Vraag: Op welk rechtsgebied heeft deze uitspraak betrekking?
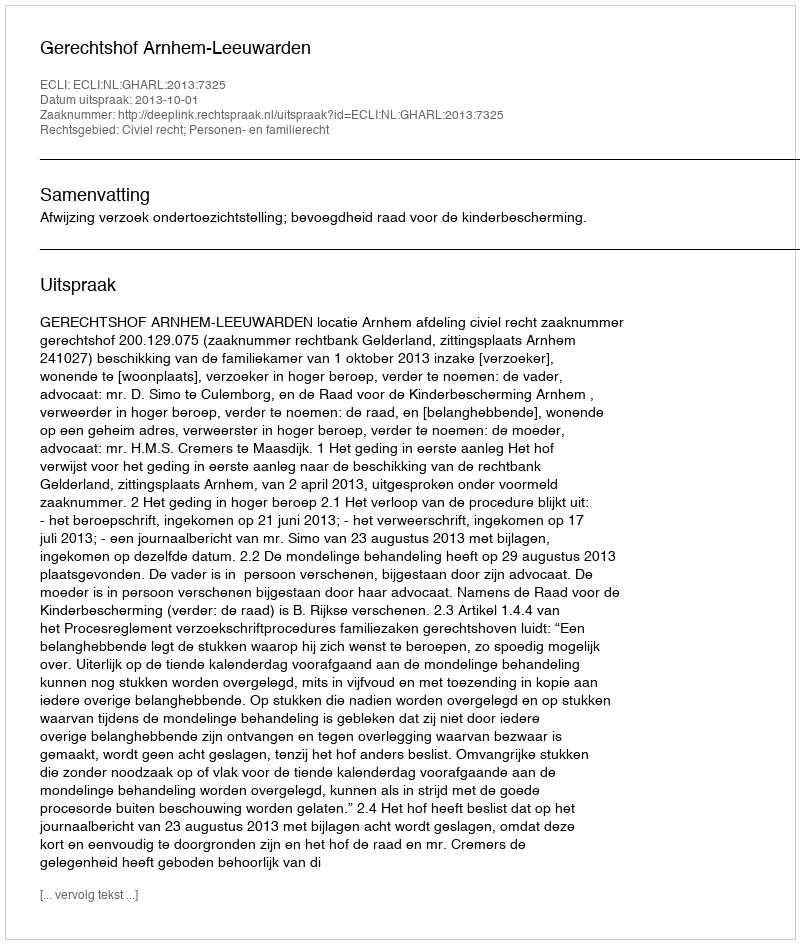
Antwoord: Civiel recht; Personen- en familierecht